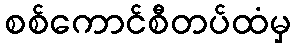
စစ်ကောင်စီတပ်ထံမှ